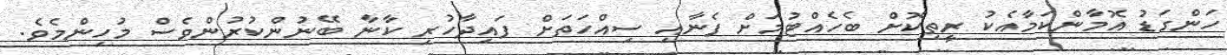
ހަންގަޑު އޮމާންކަމާއެކު ރީތިކޮށް ބެހެއްޓުމަށް ފެނާއި ސިއްހަތަށް ފައިދާހުރި ކާނާ ބޭނުންކުރުންވެސް މުހިންމެވެ.